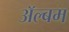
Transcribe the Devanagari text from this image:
अॅल्बम